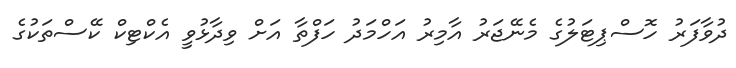
ދުވާފަރު ހޮސްޕިޓަލުގެ މެނޭޖަރު އާމިރު އަހްމަދު ހަފްތާ އަށް ވިދާޅުވީ އެކްޓިކް ކޭސްތަކުގެ